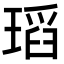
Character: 瑫